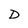
Character: D